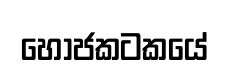
හෝජකටකයේ